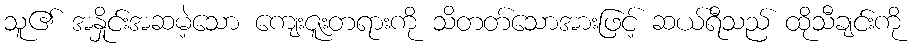
သူ၏ အနှိုင်းအဆမဲ့သော ကျေးဇူးတရားကို သိတတ်သောအားဖြင့် ဆယ်ရီသည် ထိုသီချင်းကို